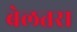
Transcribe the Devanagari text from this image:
बेलतरा